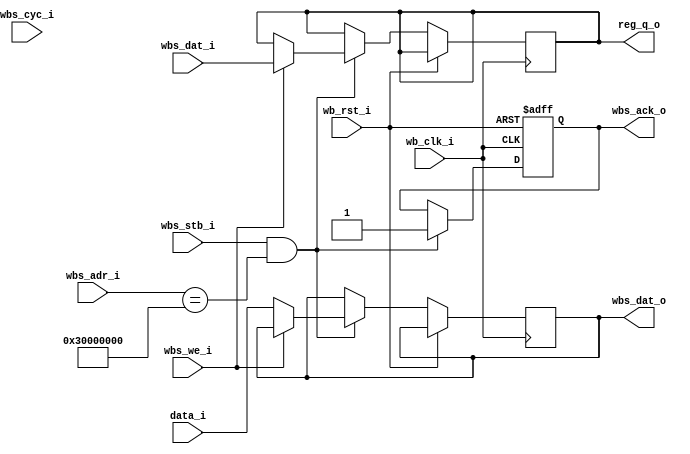
module wishbone_register # (
    // addresses must be after 30 00 00 00 
    // https://caravel-harness.readthedocs.io/en/latest/memory-mapped-io-summary.html
    parameter ADDRESS = 32'h30000000
) (
    input wb_clk_i,
    input wb_rst_i,
    input wbs_stb_i,
    input wbs_cyc_i,
    input wbs_we_i,
    // input [3:0] wbs_sel_i,
    input [31:0] wbs_dat_i,
    input [31:0] wbs_adr_i,
    input [31:0] data_i,

    output reg wbs_ack_o,
    output reg [31:0] wbs_dat_o,
    output reg [31:0] reg_q_o
);

    // reg [31:0] r_data_o;
    // assign reg_q_o = r_data_o;

    always @ (posedge wb_clk_i or posedge wb_rst_i) begin
        if (wb_rst_i) begin
            // r_data_o <= 'h0;
            wbs_ack_o <= 'h0;
        end else begin

            if (wbs_stb_i && wbs_adr_i == ADDRESS) begin
                wbs_ack_o <= 'h1;

                if (wbs_we_i == 1'b1) begin
                    reg_q_o <= wbs_dat_i;
                end else if (wbs_we_i == 1'b0) begin
                    wbs_dat_o <= data_i;
                end 
            end
        end
    end
endmodule

module wishbone_reg_mut_addr (
`ifdef USE_POWER_PINS
    inout vdd,		// User area 5.0V supply
    inout vss,		// User area ground
`endif
    // addresses must be after 30 00 00 00 
    // https://caravel-harness.readthedocs.io/en/latest/memory-mapped-io-summary.html
    input wb_clk_i,
    input wb_rst_i,
    input wbs_stb_i,
    input wbs_cyc_i,
    input wbs_we_i,
    // input [3:0] wbs_sel_i,
    input [31:0] wbs_dat_i,
    input [31:0] wbs_adr_i,
    input [31:0] data_i,
    input [31:0] address,

    output reg wbs_ack_o,
    output reg [31:0] wbs_dat_o,
    output reg [31:0] reg_q_o
);

    always @ (posedge wb_clk_i or posedge wb_rst_i) begin
        if (wb_rst_i) begin
            wbs_ack_o <= 'h0;
        end else begin

            if (wbs_stb_i && wbs_adr_i == address) begin
                wbs_ack_o <= 'h1;

                if (wbs_we_i == 1'b1) begin
                    reg_q_o <= wbs_dat_i;
                end else if (wbs_we_i == 1'b0) begin
                    wbs_dat_o <= data_i;
                end 
            end
        end
    end
endmodule